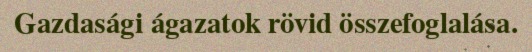
Gazdasági ágazatok rövid összefoglalása.